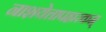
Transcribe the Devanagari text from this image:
नाशयेत्तापहारकम्